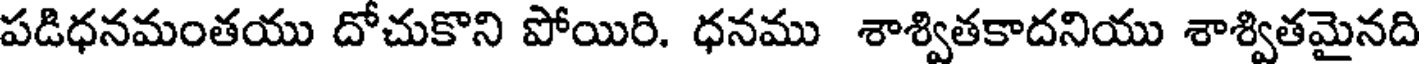
పడిధనమంతయు దోచుకొని పోయిరి. ధనము శాశ్వితకాదనియు శాశ్వితమైనది